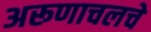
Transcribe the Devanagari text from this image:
अरूणाचलचे